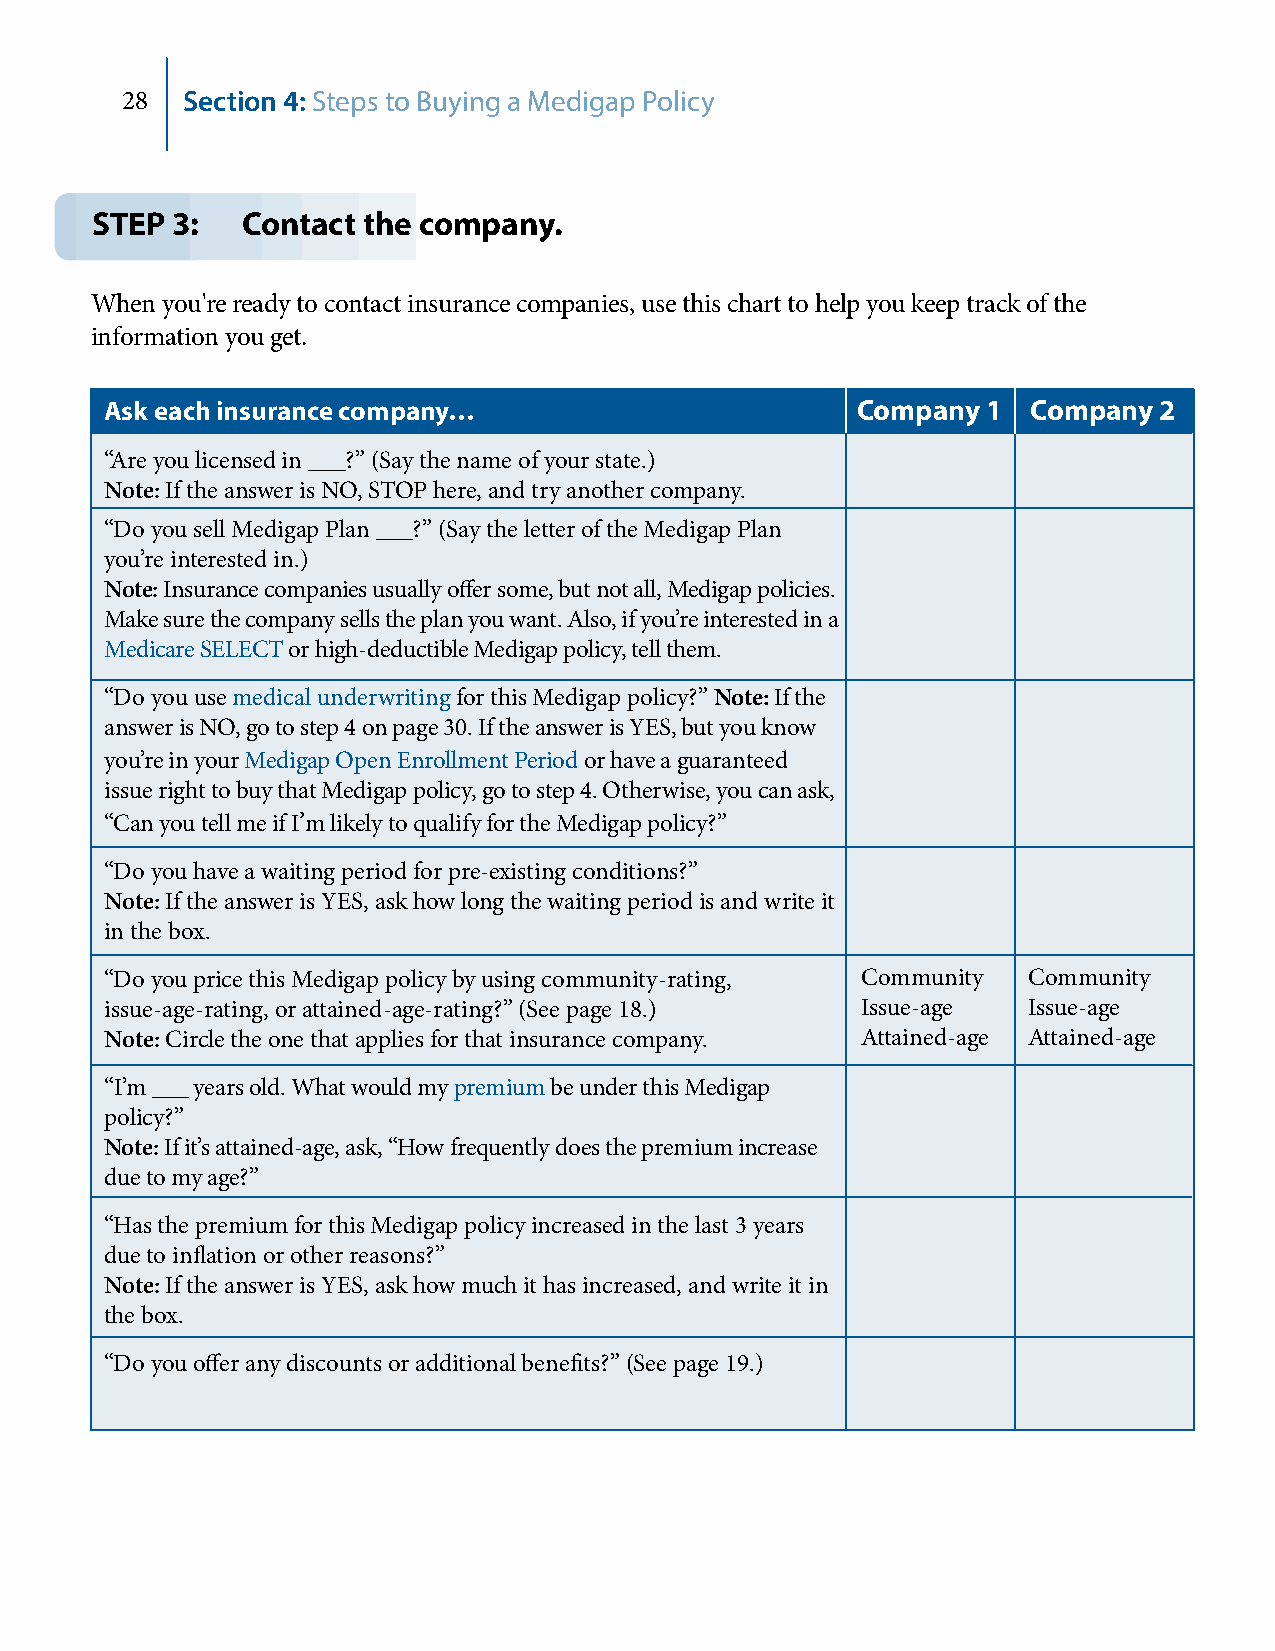
28  Section 4: Steps to Buying a Medigap Policy
 STEP 3:   Contact the company.
 When you're ready to contact insurance companies, use this chart to help you keep track of the
 information you get.
 Ask each insurance company…                       Company 1  Company  2
 “Are you licensed in ___?” (Say the name of your state.)
 Note: If the answer is NO, STOP here, and try another company.
 “Do you sell Medigap Plan ___?” (Say the letter of the Medigap Plan
 you’re interested in.)
 Note: Insurance companies usually offer some, but not all, Medigap policies.
 Make sure the company sells the plan you want. Also, if you’re interested in a
 Medicare SELECT or high‑deductible Medigap policy, tell them.
 “Do you use medical underwriting for this Medigap policy?” Note: If the
 answer is NO, go to step 4 on page 30. If the answer is YES, but you know
 you’re in your Medigap Open Enrollment Period or have a guaranteed
 issue right to buy that Medigap policy, go to step 4. Otherwise, you can ask,
 “Can you tell me if I’m likely to qualify for the Medigap policy?”
 “Do you have a waiting period for pre‑existing conditions?”
 Note: If the answer is YES, ask how long the waiting period is and write it
 in the box.
 “Do you price this Medigap policy by using community‑rating, Community Community
 issue‑age‑rating, or attained‑age‑rating?” (See page 18.) Issue‑age Issue‑age
 Note: Circle the one that applies for that insurance company. Attained‑age Attained‑age
 “I’m ___ years old. What would my premium be under this Medigap
 policy?”
 Note: If it’s attained‑age, ask, “How frequently does the premium increase
 due to my age?”
 “Has the premium for this Medigap policy increased in the last 3 years
 due to inflation or other reasons?”
 Note: If the answer is YES, ask how much it has increased, and write it in
 the box.
 “Do you offer any discounts or additional benefits?” (See page 19.)